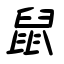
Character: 鼠